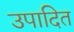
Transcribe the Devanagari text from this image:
उपादित